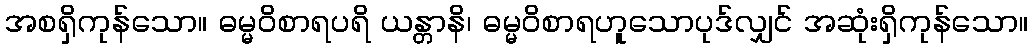
အစရှိကုန်သော။ ဓမ္မဝိစာရပရိ ယန္တာနိ၊ ဓမ္မဝိစာရဟူသောပုဒ်လျှင် အဆုံးရှိကုန်သော။